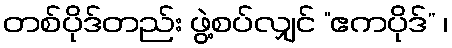
တစ်ပိုဒ်တည်း ဖွဲ့စပ်လျှင် “ဧကပိုဒ်” ၊